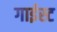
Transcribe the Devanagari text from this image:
गाईस्ट